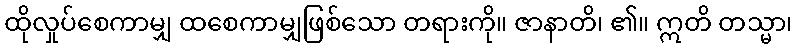
ထိုလှုပ်စေကာမျှ ထစေကာမျှဖြစ်သော တရားကို။ ဇာနာတိ၊ ၏။ ဣတိ တသ္မာ၊